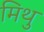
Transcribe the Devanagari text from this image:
मिथु